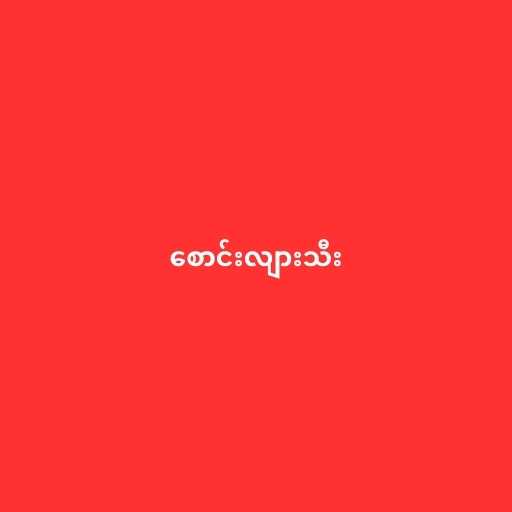
စောင်းလျားသီး